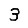
Digit: 3